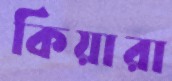
কিয়ারা